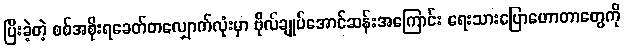
ပြီးခဲ့တဲ့ စစ်အစိုးရခေတ်တလျှောက်လုံးမှာ ဗိုလ်ချုပ်အောင်ဆန်းအကြောင်း ရေးသားပြောဟောတာတွေကို